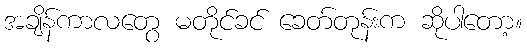
အချိန်ကာလတွေ မတိုင်ခင် ခေတ်တုန်းက ဆိုပါတော့။